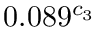
0 . 0 8 9 ^ { c _ { 3 } }